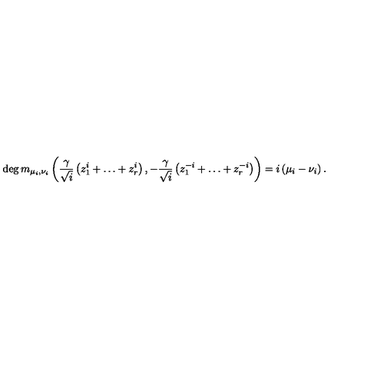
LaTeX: \deg m _ { \mu _ { i } , \nu _ { i } } \left( \frac { \gamma } { \sqrt { i } } \left( z _ { 1 } ^ { i } + \ldots + z _ { r } ^ { i } \right) , - \frac { \gamma } { \sqrt { i } } \left( z _ { 1 } ^ { - i } + \ldots + z _ { r } ^ { - i } \right) \right) = i \left( \mu _ { i } - \nu _ { i } \right) .